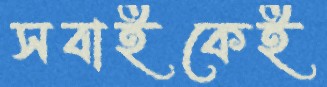
সবাইকেই